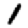
Digit: 1